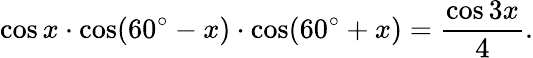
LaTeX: \cos x\cdot\cos(60^{\circ}-x)\cdot\cos(60^{\circ}+x)={\frac{\cos 3x}{4}}.